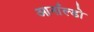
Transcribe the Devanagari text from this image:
आर्नाल्डो